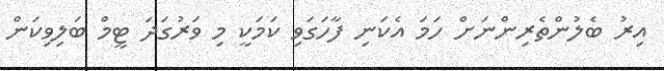
އިރު ބެލުންތެރިންނަށް ހަމަ އެކަނި ފާހަގަވި ކަމަކީ މި ވަރުގަދަ ޓީމް ބަލިވިކަން